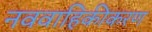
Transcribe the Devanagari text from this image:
नववाहिकीकरण